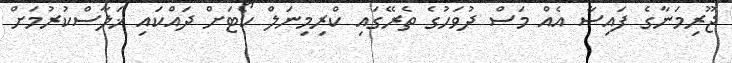
ޖޫރިމަނާގެ ފައިސާ އެއް މަސް ދުވަހުގެ ތެރޭގައި ކްރިމިނަލް ކޯޓަށް ދައްކައި ޚަލާސްކުރުމަށް